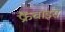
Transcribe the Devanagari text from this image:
फ्रैंचाइस